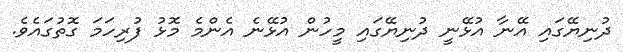
ދުނިޔޭގައި އޭނާ އުޅޭނީ ދުނިޔޭގައި މީހުން އުޅޭނެ އެންމެ މޮޅު ފުރިހަމަ ގޮތުގައެވެ.